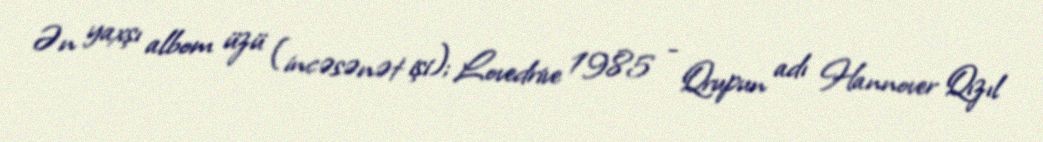
Ən yaxşı albom üzü (incəsənət işi); Lovedrive 1985 - Qrupun adı Hannover Qızıl